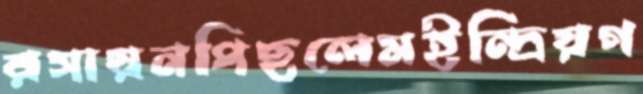
রসায়নপিছলেমইন্দ্রিয়গ